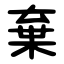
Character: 棄